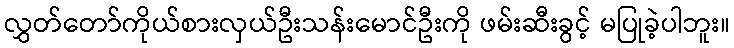
လွှတ်တော်ကိုယ်စားလှယ်ဦးသန်းမောင်ဦးကို ဖမ်းဆီးခွင့် မပြုခဲ့ပါဘူး။